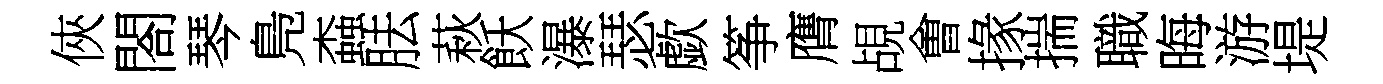
俠閤琴鳬螙胠萩飫瀑瑟歔筝膺覘㑹掾揣職晦游堤